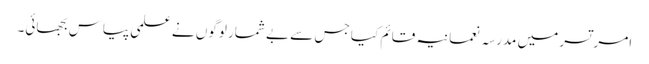
امر تسر میں مدرسہ نعمانیہ قائم کیا جس سے بے شمار لوگوں نے علمی پیاس بجھائی۔